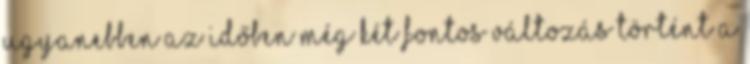
Ugyanebben az időben még két fontos változás történt a